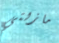
مازلتي